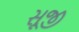
સૂજી